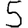
Digit: 5